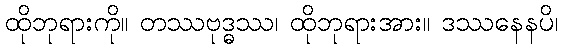
ထိုဘုရားကို။ တဿဗုဒ္ဓဿ၊ ထိုဘုရားအား။ ဒဿနေနပိ၊